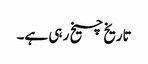
تاریخ چیخ رہی ہے۔